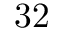
3 2